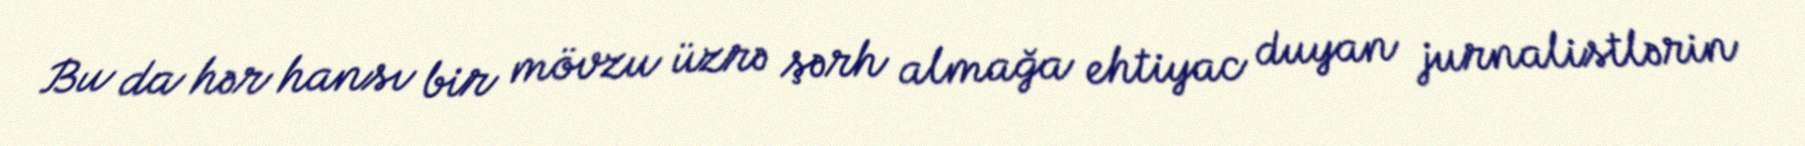
Bu da hər hansı bir mövzu üzrə şərh almağa ehtiyac duyan jurnalistlərin